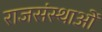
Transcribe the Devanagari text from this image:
राजसंस्थाओं